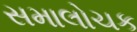
સમાલોચક